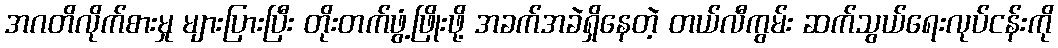
အဂတိလိုက်စားမှု များပြားပြီး တိုးတက်ဖွံ့ဖြိုးဖို့ အခက်အခဲရှိနေတဲ့ တယ်လီကွမ်း ဆက်သွယ်ရေးလုပ်ငန်းကို